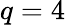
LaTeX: q=4